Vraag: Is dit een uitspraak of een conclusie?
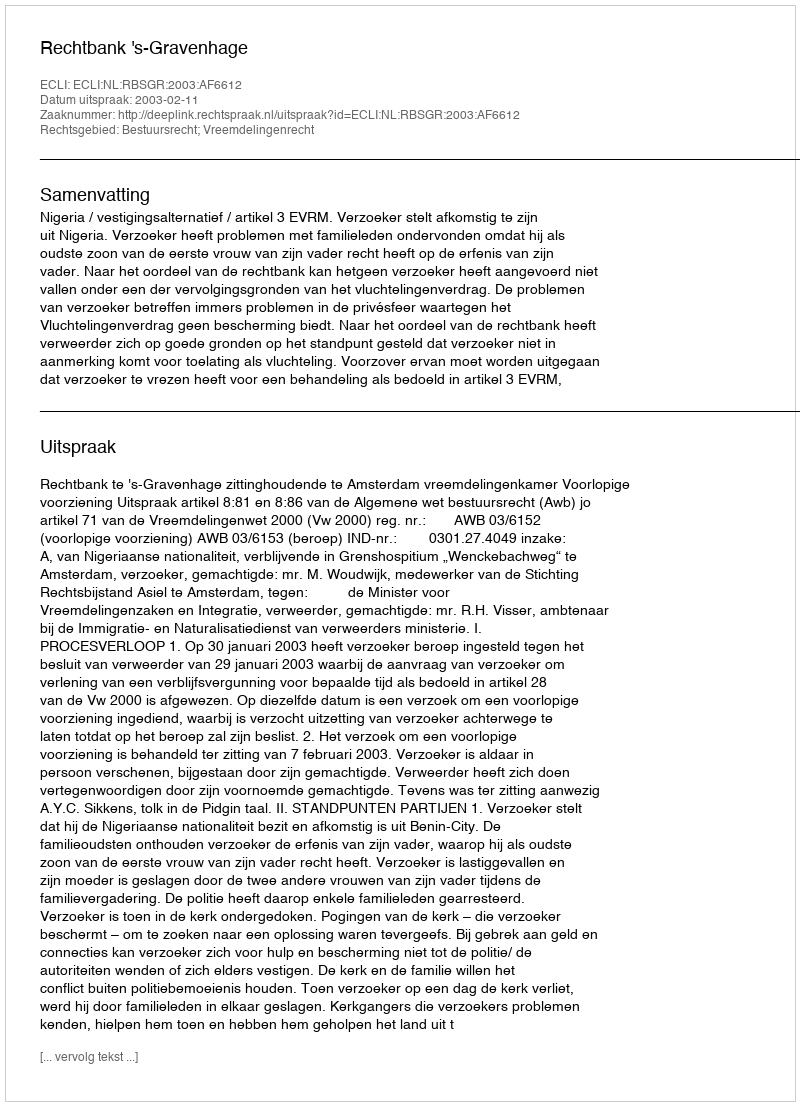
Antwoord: Uitspraak